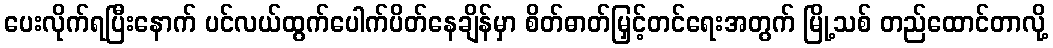
ပေးလိုက်ရပြီးနောက် ပင်လယ်ထွက်ပေါက်ပိတ်နေချိန်မှာ စိတ်ဓာတ်မြှင့်တင်ရေးအတွက် မြို့သစ် တည်ထောင်တာလို့